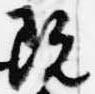
既